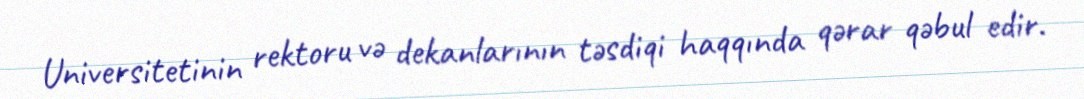
Universitetinin rektoru və dekanlarının təsdiqi haqqında qərar qəbul edir.